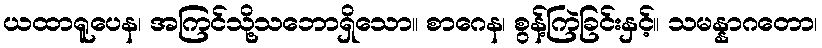
ယထာရူပေန၊ အကြင်သို့သဘောရှိသော။ စာဂေန၊ စွန့်ကြဲခြင်းနှင့်။ သမန္နာဂတော၊